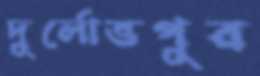
দুর্লোভপুর